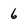
Character: 6